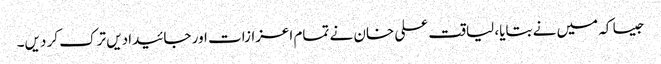
جیسا کہ میں نے بتایا، لیاقت علی خان نے تمام اعزازات اور جائیدادیں ترک کر دیں۔